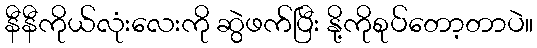
နီနီကိုယ်လုံးလေးကို ဆွဲဖက်ပြီး နို့ကိုစုပ်တော့တာပဲ။